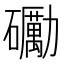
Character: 𥗠